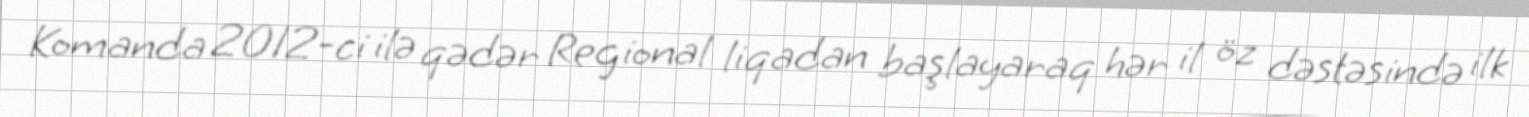
Komanda 2012-ci ilə qədər Regional liqadan başlayaraq hər il öz dəstəsində ilk